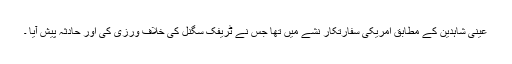
عینی شاہدین کے مطابق امریکی سفارتکار نشے میں تھا جس نے ٹریفک سگنل کی خلاف ورزی کی اور حادثہ پیش آیا ۔